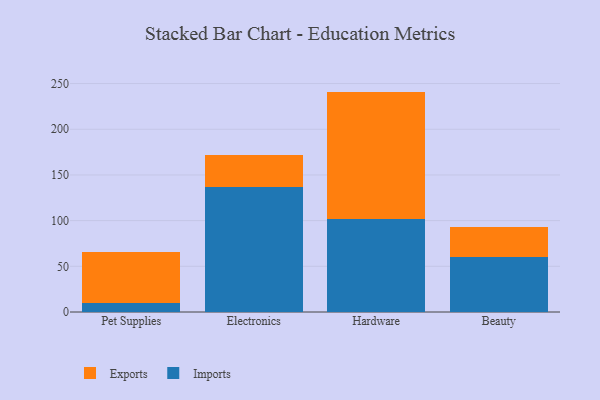
{"axis": {"x": "Category", "y": "Conversion Rate (%)"}, "legend": ["Exports", "Imports"], "data": [{"x": "Pet Supplies", "y": 9.6, "type": "Imports"}, {"x": "Pet Supplies", "y": 55.6, "type": "Exports"}, {"x": "Electronics", "y": 136.3, "type": "Imports"}, {"x": "Electronics", "y": 35.3, "type": "Exports"}, {"x": "Hardware", "y": 101.6, "type": "Imports"}, {"x": "Hardware", "y": 139.6, "type": "Exports"}, {"x": "Beauty", "y": 60.0, "type": "Imports"}, {"x": "Beauty", "y": 33.4, "type": "Exports"}]}